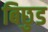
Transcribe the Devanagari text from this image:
बिछुड